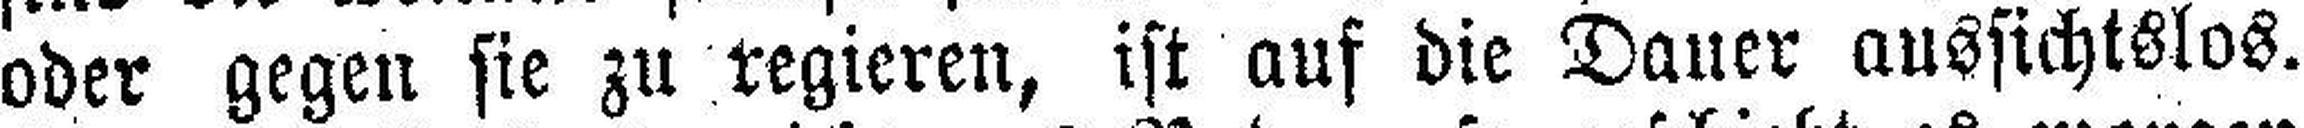
oder gegen sie zu regieren, ist auf die Dauer aussichtslos.